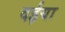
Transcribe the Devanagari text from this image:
दईया